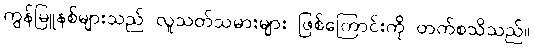
ကွန်မြူနစ်များသည် လူသတ်သမားများ ဖြစ်ကြောင်းကို တက်စသိသည်။